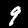
Digit: 9